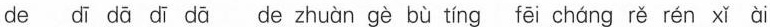
de dī dā dǐ dā de zhuàn gè bù tíng fēi cháng rě rén xǐ ài